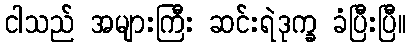
ငါသည် အများကြီး ဆင်းရဲဒုက္ခ ခံပြီးပြီ။